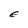
Character: E